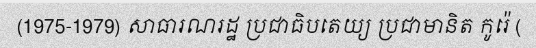
(1975-1979) សាធារណរដ្ឋ ប្រជាធិបតេយ្យ ប្រជាមានិត កូរ៉េ (